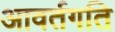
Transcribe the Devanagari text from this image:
आवर्तगति